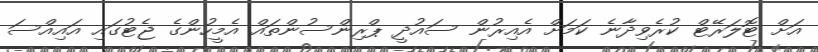
އަށް ޓޮލަރޭޓް ކުރެވިދާނެ ކަމަށް އެއިރުން ސައުދީ ޕްރިންސުންތައް އެމީހުންގެ ޖެޓުގައި އައިއްސަ